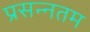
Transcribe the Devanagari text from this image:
प्रसन्नतम